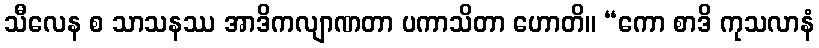
သီလေန စ သာသနဿ အာဒိကလျာဏတာ ပကာသိတာ ဟောတိ။ “ကော စာဒိ ကုသလာနံ